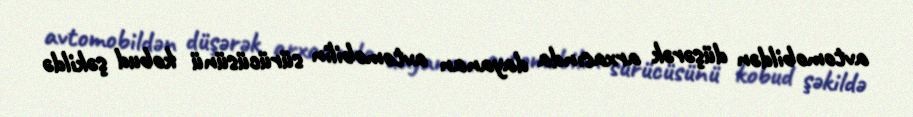
avtomobildən düşərək arxasında dayanan avtomobilin sürücüsünü kobud şəkildə